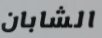
الشابان